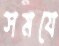
সমযে